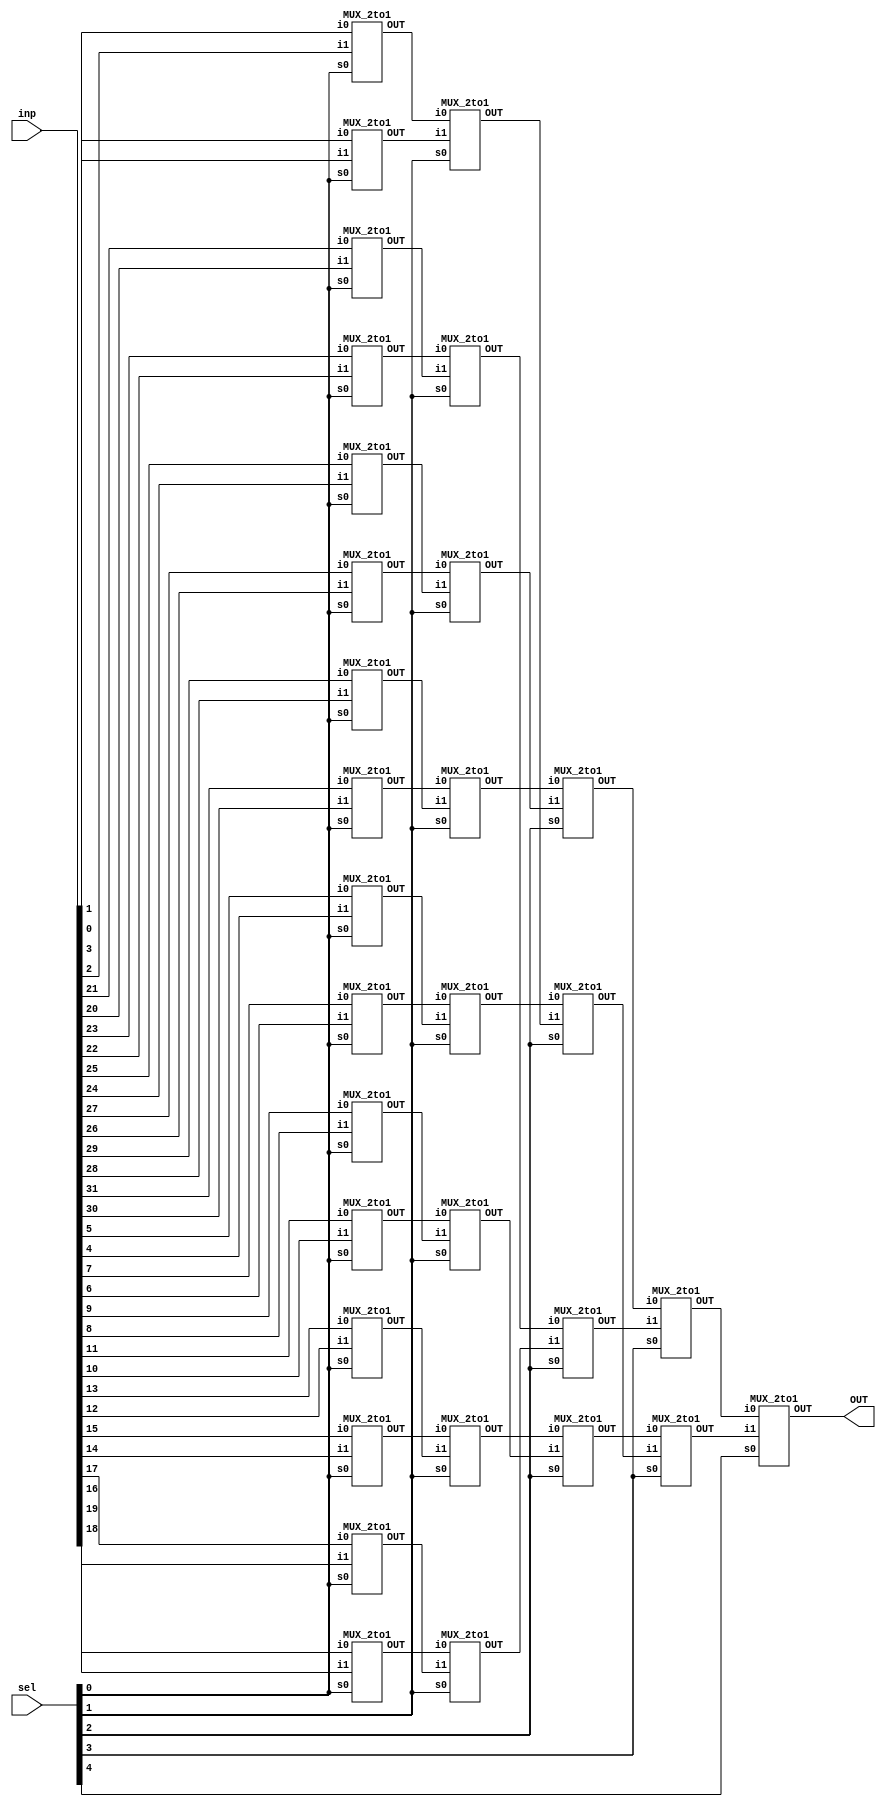
module mux_32to1_with_2to1(OUT,inp,sel);
input [31:0] inp;
input [4:0] sel;
output OUT;
wire [15:0] y;
wire [7:0] x;
wire [3:0] m;
wire l0,l1;
MUX_2to1 m0(y[0],inp[1],inp[0],sel[0]);
MUX_2to1 m1(y[1],inp[3],inp[2],sel[0]);
MUX_2to1 m2(y[2],inp[5],inp[4],sel[0]);
MUX_2to1 m3(y[3],inp[7],inp[6],sel[0]);
MUX_2to1 m4(y[4],inp[9],inp[8],sel[0]);
MUX_2to1 m5(y[5],inp[11],inp[10],sel[0]);
MUX_2to1 m6(y[6],inp[13],inp[12],sel[0]);
MUX_2to1 m7(y[7],inp[15],inp[14],sel[0]);
MUX_2to1 m8(y[8],inp[17],inp[16],sel[0]);
MUX_2to1 m9(y[9],inp[19],inp[18],sel[0]);
MUX_2to1 m10(y[10],inp[21],inp[20],sel[0]);
MUX_2to1 m11(y[11],inp[23],inp[22],sel[0]);
MUX_2to1 m12(y[12],inp[25],inp[24],sel[0]);
MUX_2to1 m13(y[13],inp[27],inp[26],sel[0]);
MUX_2to1 m14(y[14],inp[29],inp[28],sel[0]);
MUX_2to1 m15(y[15],inp[31],inp[30],sel[0]);
MUX_2to1 m16(x[0],y[1],y[0],sel[1]);
MUX_2to1 m17(x[1],y[3],y[2],sel[1]);
MUX_2to1 m18(x[2],y[5],y[4],sel[1]);
MUX_2to1 m19(x[3],y[7],y[6],sel[1]);
MUX_2to1 m20(x[4],y[9],y[8],sel[1]);
MUX_2to1 m21(x[5],y[11],y[10],sel[1]);
MUX_2to1 m22(x[6],y[13],y[12],sel[1]);
MUX_2to1 m23(x[7],y[15],y[14],sel[1]);
MUX_2to1 m24(m[0],x[1],x[0],sel[2]);
MUX_2to1 m25(m[1],x[3],x[2],sel[2]);
MUX_2to1 m26(m[2],x[5],x[4],sel[2]);
MUX_2to1 m27(m[3],x[7],x[6],sel[2]);
MUX_2to1 m28(l0,m[1],m[0],sel[3]);
MUX_2to1 m29(l1,m[3],m[2],sel[3]);
MUX_2to1 m30(OUT,l1,l0,sel[4]);
endmodule


//module instantiated
module MUX_2to1(OUT,i0,i1,s0); 
input i0, i1, s0;
output OUT; 
reg OUT; 
always@(s0 or i0 or i1)
begin
if(s0) 
OUT = i1;  
else
OUT = i0;
end
endmodule